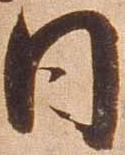
日